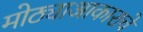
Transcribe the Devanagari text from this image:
मोठ्याआकाराचे